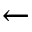
\xleftarrow { }